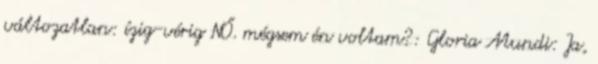
változatlan: ízig-vérig NŐ. mégsem én voltam?: Gloria Mundi: Ja,